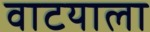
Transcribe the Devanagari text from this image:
वाटयाला